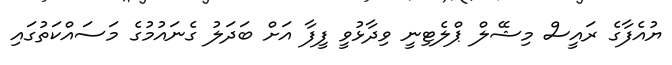
ޔުއެފާގެ ރައީސް މިޝޭލް ޕްލެޓިނީ ވިދާޅުވީ ފީފާ އަށް ބަދަލު ގެނައުމުގެ މަސައްކަތުގައި